Scottish Leaving Certificate Examination, 1956
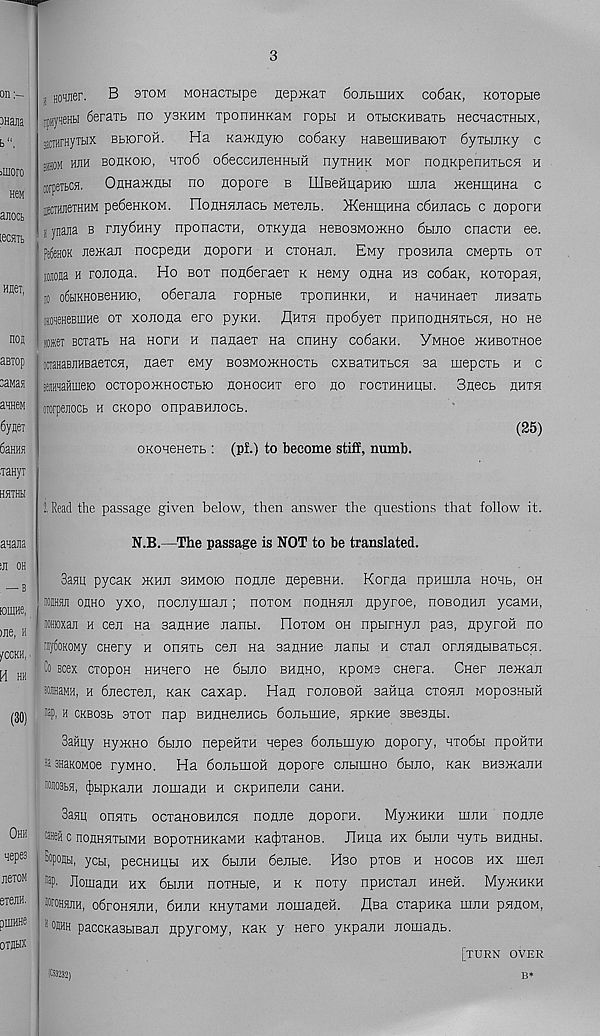
3
j Homier. B 3tom MOHacrape nepmar 6ojibmHX co6aK, Koioptie
ipyqeHbi 6eraTb no y3KHM xponHHKaM ropti n OTHCKHBaxb HecnacTHbix,
afflrHyxbix BbioroH.
Ha Kamnyio co6aKy HaBemuBaioT 6yTbmKy c
iihom hjih boukoio, hto6 o6eccHJieHHbiH nyraHK mop nonKpennibCH h
torpeibCH. OnnaMHbi no flopore b UlBeniuapHio mjia xienmnna c
iirthjkthhm pe6eHKOM. rioflHHJiacb Meiejib. >KeHinHHa c6Hnacb c nop ora
s ynajia b rJiy6nHy nponaciH, OTKyna HeB03M0>KH0 6bmo cnacxH ee.
Pe6eH0K jiejKan nocpenn nopora h cxonaji. Eny rposHJia cwepxb ox
loiosa h ronona. Ho box non6eraex k neMy oana m co6aK, Koxopan,
10 o6biKHOBeHHK), o6erana ropnbie xponnHKH, n naHHHaex JiHBaxb
jjmeHeBinHe ox xonona ero pyKH. flnxn npo6yex npnnoHHHXbcn, ho ho
lome? Bcxaxb Ha hoxh h nanaex na cnHHy co6aKH. YMHoe hchboxhoo
iMHaBJiHBaexcn, naex eny bosmojkhocxb cxBaxHXbcn sa mepcxb h c
sonaHafimera ocxopomHocxbio hohochx ero no rocxHHHUibi. 3necb hhxh
oiorpenocb h CKopo onpaBHJiocb.
(25)
oKoneHexb : (pf.) to become stiff, numb.
2. Read the passage given below, then answer the questions that follow it.
N.B.—The passage is NOT to be translated.
Saan pycax >khji bhmobo nonne nepeBHH. Korna npHinna hohb, oh
nomn ohho yxo, nocnymaji; doxom nonHHii npyroe, noBonHn ycaMH,
lOHioxaji h cen na sanHne nanbi. Hoxom oh npbirayn pas, npyroh no
raytoKOMy cnery h onnxb cen na sanHHe nanu h cxan ornHHbiBaxbcn.
Co ecex cxopoH HHnero ne 6bino bhhho, xpoMS cnera. Cner nenean
■aMH, h 6necxen, KaK caxap. Han ronoBoh saHija cxonn woposHbiH
»ap, h ckbobb 3xox nap EHnnenHCb bonbiirae, npKHe sBesnbi.
Saiiny HyoKHO 6bino nepehxH nepes 6onbmyjo nopory, hxo6h npohxH
*a 3HaKOMoe ryMHO. Ha bonbinoft nopore cnbiniHO 6bino, KaK BHBmanH
■03bH, ^ibipKanH nomanH h cnpHnenH caHH.
3asn onnxb ocxaHOBHncn nonne nopora.
MyoKHKH mnH nonne
taHei c noiiHHXbiMH BopoxHHKawH Ka^xaHOB. Jlnna hx 6binH nyxb BunnH.
Bopoau, ycbi, pecHHHH hx 6binH 6enbie. Hbo pxoB h hocob hx men
®p. JlomanH hx 6binH noxHbie, h k noxy npncxan hhch. MynenKH
soroHsjiH, ohroHnnH, 6HnH KHyxaMH nomaneH. flsa cxapHKa mnn pnnoM,
*°Wh paccKasbisan npyrowy, kek y Hero yKpann nomanb.
[xurn OVER
(C53232)
B*